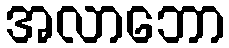
အလာဘော